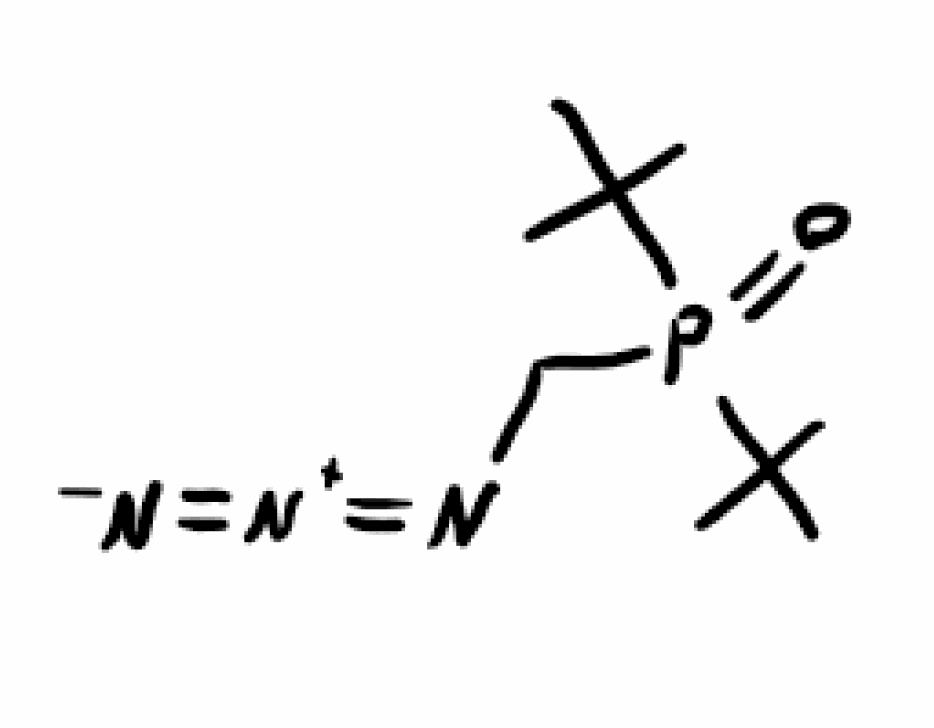
Simplified molecular-input line-entry system (SMILES) notation of the given molecule:
CC(C)(C)P(=O)(CN=[N+]=[N-])C(C)(C)C